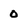
Character: 0